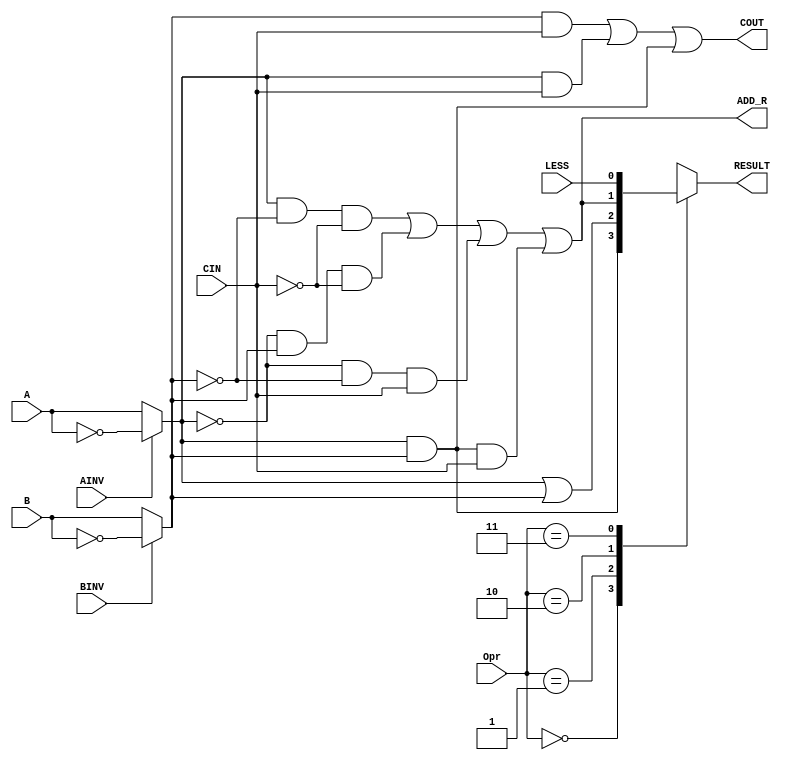
//////////////////////////////////////////////////////////////////////////////
//
// Copyright (c) 2010 Gandhi Puvvada, EE-Systems, VSoE, USC
//
// This design exercise, its solution, and its test-bench are confidential items.
// They are University of Southern California's (USC's) property. All rights are reserved.
// Students in our courses have right only to complete the exercise and submit it as part of their course work.
// They do not have any right on our exercise/solution or even on their completed solution as the solution contains our exercise.
// Students would be violating copyright laws besides the University's Academic Integrity rules if they post or convey to anyone
// either our exercise or our solution or their solution. 
// 
// THIS COPYRIGHT NOTICE MUST BE RETAINED AS PART OF THIS FILE (AND ITS SOLUTION AND/OR ANY OTHER DERIVED FILE) AT ALL TIMES.
//
//////////////////////////////////////////////////////////////////////////////
//
// A student would be violating the University's Academic Integrity rules if he/she gets help in writing or debugging the code 
// from anyone other than the help from his/her lab partner or his/her teaching team members in completing the exercise(s). 
// However he/she can discuss with fellow students the method of solving the exercise. 
// But writing the code or debugging the code should not be with the help of others. 
// One should never share the code or even look at the code of others (code from classmates or seniors 
// or any code or solution posted online or on GitHub).
// 
// THIS NOTICE OF ACADEMIC INTEGRITY MUST BE RETAINED AS PART OF THIS FILE (AND ITS SOLUTION AND/OR ANY OTHER DERIVED FILE) AT ALL TIMES.
//
//////////////////////////////////////////////////////////////////////////////



// EE457 
// ee457_lab3_4bit_ALU Lab
// Written by Nasir Mohyuddin, Gandhi Puvvada 
// June 17, 2010, 
// 4-Bit ALU Module
// This file contains both modules:
// 1. a 1-bit ALU building block (based on figure C.5.9 of the 4th edition of  
//    the textbook, which is same as figure B.5.9 of the 3rd edition), and
// 2. a 4-bit ALU built by instantiating 4 of the above building blocks and 
//    adding needed glue logic for SLT implementation (based on figure C.5.12 of the 
//    4th edition of our textbook, which is same as figure B.5.12 of the 3rd edition)
//-------------------------------------------------------------------------------

// 1-bit ALU building block alu_1_bit
`timescale 1 ns / 100 ps

module alu_1_bit (A, B, CIN, LESS, AINV, BINV, Opr, RESULT, COUT, ADD_R);

input A, B, CIN, LESS, AINV, BINV;
input [1:0] Opr;
output RESULT, ADD_R, COUT;

reg RESULT, COUT, ADD_R;
         
always @(*) // same as   always @(A, B, Ainv, Binv, CIN, Opr, LESS) 
  
	  begin  : combinational_logic // named procedural block
	  // local declarations in the named procedural block
	  reg RESULT_AND, RESULT_OR, RESULT_ADD_SUB, RESULT_SLT;
	  reg Am, Bm; // Am is the A at the output of the mux controlled by AINV; Similarly Bm
  
		Am = AINV ? ~A : A; //  fill-in   ~A : A    or  A : ~A  
		Bm = BINV ? ~B : B; //  fill-in   ~B : B    or  B : ~B 

		// fill-in the following lines using Am, Bm, CIN
		RESULT_AND = Am & Bm;
		RESULT_OR  = Am | Bm;
		ADD_R = (Am & ~Bm & ~CIN) | (~Am & Bm & ~CIN) | (~Am & ~Bm & CIN) | (Am & Bm & CIN);
		RESULT_ADD_SUB = ADD_R;
		RESULT_SLT = LESS;
		COUT   = (Bm & CIN) | (Am & CIN) | (Am & Bm);
		
		case (Opr)
				0	: // 2'b00 Logical AND Function
				  begin
					RESULT = RESULT_AND; 
				  end
				1	: // 2'b01 Logical OR Function
				  begin
					RESULT = RESULT_OR; 
				  end 
				 2	: // 2'b10 Arithmatic addition or subtract depending on the value of BINV
					begin        
					 RESULT = RESULT_ADD_SUB;
					end
				 3	: // 2'b11 for the SLT A, B instruction ( if A < B, RESULT =1)
					begin
					 RESULT = RESULT_SLT;
					end
		  endcase
	   end 
endmodule //alu_1_bit

//-------------------------------------------------------------------------------
`timescale 1 ns / 100 ps

module alu_4_bit (A, B, AINV, BNEG, Opr, RESULT, OVERFLOW, ZERO, COUT);

input [3:0] A, B;
input AINV, BNEG;
input [1:0] Opr;

output[3:0] RESULT;
output OVERFLOW, ZERO, COUT;

//LOCAL SIGNALS;
wire COUT1, COUT2, COUT3, COUT4;
wire BINV, SET, LESS_0;
wire [3:0] ADD_R;

assign BINV = BNEG;
assign CIN = BNEG;

assign COUT = COUT4;
assign OVERFLOW = COUT3 ^ COUT4;
assign SET = ADD_R[3];
assign LESS_0 = (~OVERFLOW & SET) | (A[3] & ~B[3]); // fill-in this line
assign ZERO = ~(RESULT[0] | RESULT[1] | RESULT[2] | RESULT[3]);  // correct this line !!!! *****

// instantiate the alu_1_bit. Follow the order carefully if you are using positional association (positional mapping)
// module alu_1_bit (A, B, CIN, LESS, AINV, BINV, Opr, RESULT, COUT, ADD_R);
alu_1_bit alu0 (A[0], B[0], CIN, LESS_0, AINV, BINV, Opr, RESULT[0], COUT1, ADD_R[0]); // fill-in this line
alu_1_bit alu1 (A[1], B[1], COUT1, 1'b0, AINV, BINV, Opr, RESULT[1], COUT2, ADD_R[1]);
alu_1_bit alu2 (A[2], B[2], COUT2, 1'b0, AINV, BINV, Opr, RESULT[2], COUT3, ADD_R[2]);
alu_1_bit alu3 (A[3], B[3], COUT3, 1'b0, AINV, BINV, Opr, RESULT[3], COUT4, ADD_R[3]);

endmodule // alu_4_bit